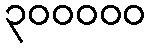
၃၀၀၀၀၀